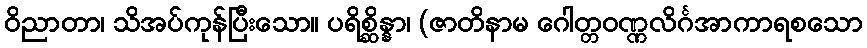
ဝိညာတာ၊ သိအပ်ကုန်ပြီးသော။ ပရိစ္ဆိန္နာ၊ (ဇာတိနာမ ဂေါတ္တဝဏ္ဏလိင်္ဂအာကာရစသော